Lunatic asylums in Bengal annual reports 1888-1898 - 1888-1898
Year: 1888
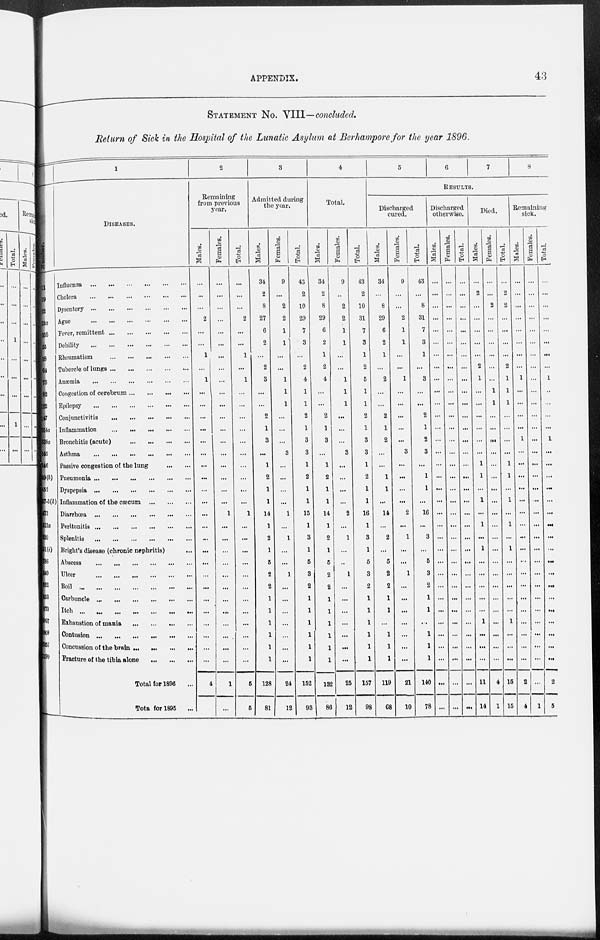
APPENDIX.
43
STATEMENT No. VIII—concluded.
Return of Sick in the Hospital of the Lunatic Asylum at Berhampore for the year 1896.
Number
11
19
22
23a
23b
55
58
61
73
82
422
147
254a
338a
345
346
449(b)
152
57-3(b)
473
513a
520
551(i )
736
849
852
853
873
1007
1009
1057
1199
1
DISEASES.
Influenza
...
...
...
...
...
...
Cholera ... ... ... ... ... ...
Dysentery
...
...
...
...
...
...
Ague
...
...
...
...
...
...
Fever, remittent
...
...
...
...
...
Debility ... ... ... ... ... ...
Rheumatism
...
...
...
...
...
Tubercle of lungs
...
...
...
...
...
Anæmia
...
...
...
...
...
...
Congestion of cerebrum ... ... ... ...
Epilepsy
...
...
...
...
...
...
Conjunctivitis
...
...
...
...
...
Inflammation
...
...
...
...
...
Bronchitis (acute)
...
...
...
...
Asthma
...
...
...
...
...
...
Passive congestion of the lung
...
...
Pneumonia
...
...
...
...
...
...
Dyspepsia
...
...
...
...
...
...
Inflammation of the cæcum
...
...
...
Diarrhœa ... ... ... ... ... ...
Peritonitis
...
...
...
...
...
...
Splenitis
...
...
...
...
...
...
Bright's disease (chronic nephritis)
Abscess
...
...
...
...
...
...
Ulcer
...
...
...
...
...
...
Boil
...
...
...
...
...
...
...
Carbuncle ... ... ... ... ... ...
Itch ... ... ... ... ... ... ...
Exhaustion of mania ... ... ... ...
Contusion
...
...
...
...
...
...
Concussion of the brain
...
...
...
...
Fracture of the tibia alone
...
...
...
Total for 1896 ...
Total for 1895
...
2
Remaining
from previous
year.
Males.
...
...
...
2
...
...
1
...
1
...
...
...
...
...
...
...
...
...
...
...
...
...
...
...
...
...
...
...
...
...
...
...
4
...
Females.
...
...
...
...
...
...
...
...
...
...
...
...
...
...
...
...
...
...
...
1
...
...
...
...
...
...
...
...
...
...
...
...
1
...
Total.
...
...
...
2
...
...
1
...
1
...
...
...
...
...
...
...
...
...
...
1
...
...
...
...
...
...
...
...
...
...
...
...
5
5
3
Admitted during
the year.
Males.
34
2
8
27
6
2
...
2
3
...
...
2
1
3
...
1
2
1
1
14
1
2
1
5
2
2
1
1
1
1
1
1
128
81
Females.
9
...
2
2
1
1
...
...
1
1
1
...
...
...
3
...
...
...
...
1
...
1
...
...
1
...
...
...
...
...
...
...
24
12
Total.
43
2
10
29
7
3
...
2
4
1
1
2
1
3
3
1
2
1
1
15
1
3
1
5
3
2
1
1
1
1
1
1
152
93
4
Total.
Males.
34
2
8
29
6
2
1
2
4
...
...
2
1
3
...
1
2
1
1
14
1
2
1
5
2
2
1
1
1
1
1
1
132
86
Females.
9
...
2
2
1
1
...
...
1
1
1
...
...
...
3
...
...
...
...
2
...
1
...
...
1
...
...
...
...
...
...
...
25
12
Total.
43
2
10
31
7
3
1
2
5
1
1
2
1
3
3
1
2
1
1
16
1
3
1
5
3
2
1
1
1
1
1
1
157
98
5
6
7
8
RESULTS.
Discharged
cured.
Males.
34
...
8
29
6
2
1
...
2
...
...
2
1
2
...
...
1
1
...
14
...
2
...
5
2
2
1
1
...
1
1
1
119
68
Females.
9
...
...
2
1
1
...
...
1
...
...
...
...
...
3
...
...
...
...
2
...
1
...
...
1
...
...
...
...
...
...
...
21
10
Total.
43
...
8
31
7
3
1
...
3
...
...
2
1
2
3
...
1
1
...
16
...
3
...
5
3
2
1
1
...
1
1
1
140
78
Discharged
otherwise.
Males.
...
...
...
...
...
...
...
...
...
...
...
...
...
...
...
...
...
...
...
...
...
...
...
...
...
...
...
...
...
...
...
...
...
...
Females.
...
...
...
...
...
...
...
...
...
...
...
...
...
...
...
...
...
...
...
...
...
...
...
...
...
...
...
...
...
...
...
...
...
...
Total.
...
...
...
...
...
...
...
...
...
...
...
...
...
...
...
...
...
...
...
...
...
...
...
...
...
...
...
...
...
...
...
...
...
...
Died.
Males.
...
2
...
...
...
...
...
2
1
...
...
...
...
...
...
1
1
...
1
...
1
...
1
...
...
...
...
...
1
...
...
...
11
14
Females.
...
...
2
...
...
...
...
...
...
1
1
...
...
...
...
...
...
...
...
...
...
...
...
...
...
...
...
...
...
...
...
...
4
1
Total.
...
2
2
...
...
...
...
2
1
1
1
...
...
...
...
1
1
...
1
...
1
...
1
...
...
...
...
...
1
...
...
...
15
15
Remaining
sick.
Males.
...
...
...
...
...
...
...
...
1
...
...
...
...
1
...
...
...
...
...
...
...
...
...
...
...
...
...
...
...
...
...
...
2
4
Females.
...
...
...
...
...
...
...
...
...
...
...
...
...
...
...
...
...
...
...
...
...
...
...
...
...
...
...
...
...
...
...
...
...
1
Total.
...
...
...
...
...
...
...
...
1
...
...
...
...
1
...
...
...
...
...
...
...
...
...
...
...
...
...
...
...
...
...
...
2
5